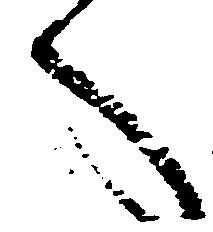
へ